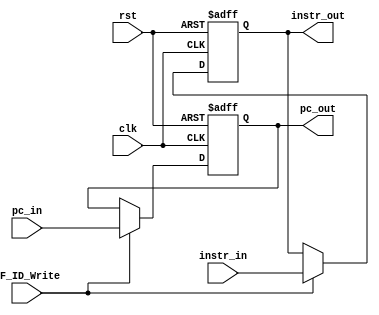
`timescale 1ns / 1ps
//////////////////////////////////////////////////////////////////////////////////
// Company: 
// Engineer: 
// 
// Design Name: 
// Module Name: IF_ID_reg
// Project Name: 
// Target Devices: 
// Tool Versions: 
// Description: 
// 
// Dependencies: 
// 
// Revision:
// Revision 0.01 - File Created
// Additional Comments:
// 
//////////////////////////////////////////////////////////////////////////////////

module IF_ID_reg(
    input clk,
    input rst,
    input IF_ID_Write,
    input [31:0] instr_in,
    input [31:0] pc_in,
    output reg [31:0] instr_out,
    output reg [31:0] pc_out
);
    always @(posedge clk or posedge rst) begin
        if (rst) begin
            instr_out <= 32'b0;
            pc_out <= 32'b0;
        end else if (IF_ID_Write) begin
            instr_out <= instr_in;
            pc_out <= pc_in;
        end
    end
endmodule